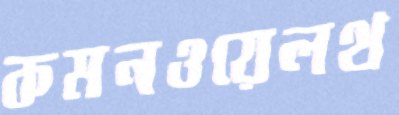
কমনওয়েলথ